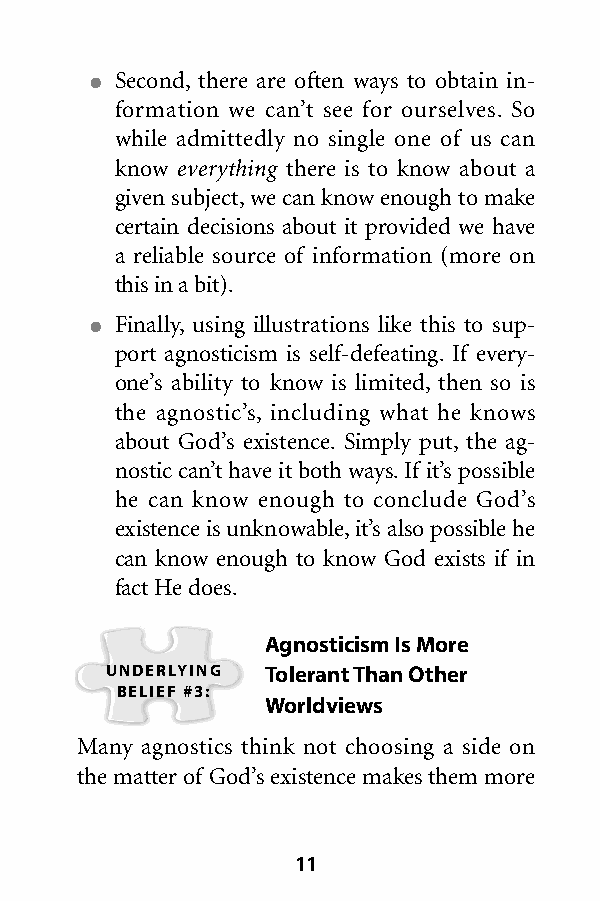
● Second, there are often ways to obtain in-
 formation we can’t see for ourselves. So
 while admittedly no single one of us can
 know everything there is to know about a
 given subject,we can know enough to make
 certain decisions about it provided we have
 a reliable source of information (more on
 this in a bit).
 ● Finally, using illustrations like this to sup-
 port agnosticism is self-defeating. If every-
 one’s ability to know is limited, then so is
 the agnostic’s, including what he knows
 about God’s existence. Simply put, the ag-
 nostic can’t have it both ways.If it’s possible
 he can know enough to conclude God’s
 existence is unknowable,it’s also possible he
 can know enough to know God exists if in
 factHe does.
 Agnosticism Is More
 UNDERLYING Tolerant Than Other
 BELIEF #3:
 Worldviews
 Many agnostics think not choosing a side on
 the matter of God’s existence makes them more
 11